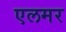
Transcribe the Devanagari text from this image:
एलमर